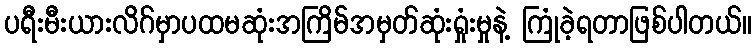
ပရီးမီးယားလိဂ်မှာပထမဆုံးအကြိမ်အမှတ်ဆုံးရှုံးမှုနဲ့ ကြုံခဲ့ရတာဖြစ်ပါတယ်။